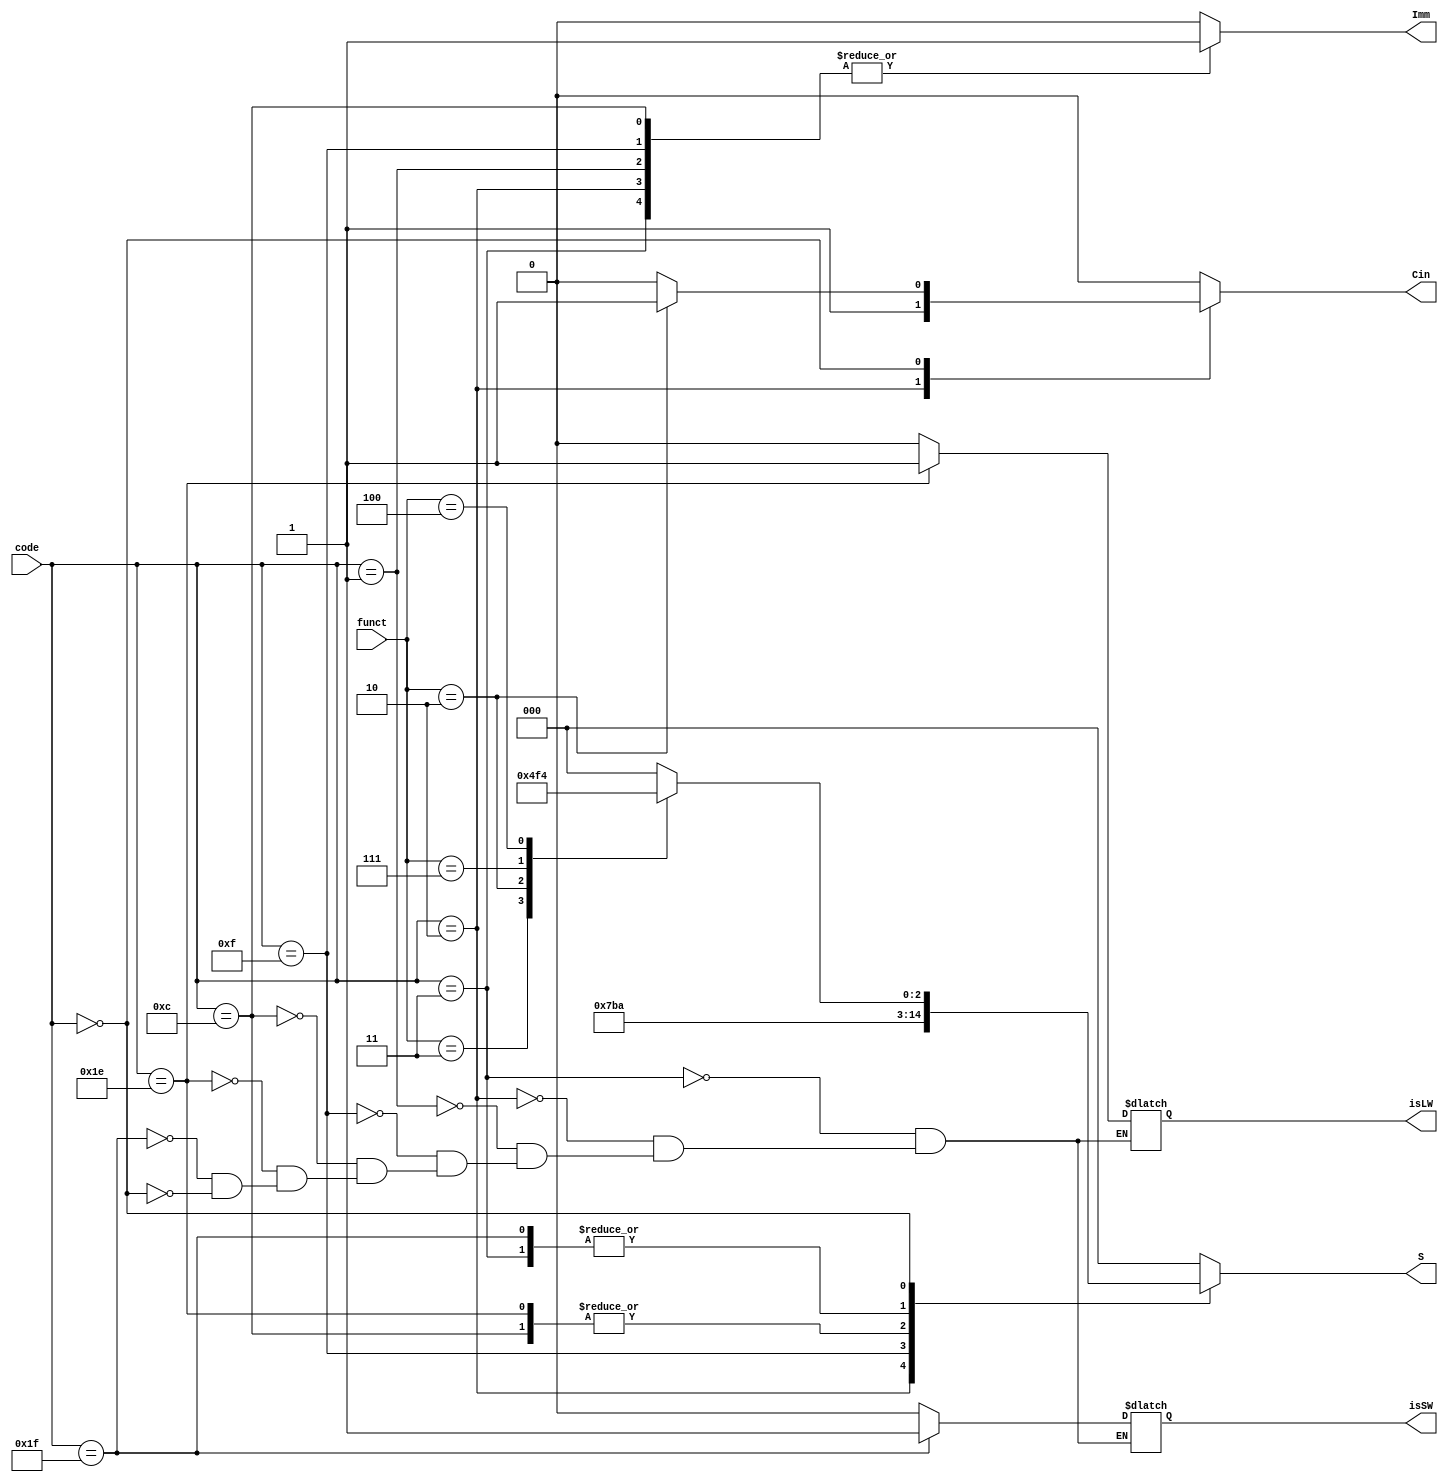
`timescale 1ns / 1ps
//////////////////////////////////////////////////////////////////////////////////
// Company: 
// Engineer: 
// 
// Design Name: 
// Module Name: decodeopcode
// Project Name: 
// Target Devices: 
// Tool Versions: 
// Description: 
// 
// Dependencies: 
// 
// Revision:
// Revision 0.01 - File Created
// Additional Comments:
// 
//////////////////////////////////////////////////////////////////////////////////


module decodeopcode(
    input [5:0] code,
    input [5:0] funct,
    output reg Imm,
    output reg [2:0] S,
    output reg Cin,
    output reg isLW, isSW
    );
    always @(code, funct, S, Imm, Cin) begin
        case(code)
            6'b000011:
            begin
                S = 3'b010;
                Imm = 1'b1;
                Cin = 1'b0;
                isLW = 1'b0;
                isSW = 1'b0;
            end
            6'b000010:
            begin
                S = 3'b011;
                Imm = 1'b1;
                Cin = 1'b1;
                isLW = 1'b0;
                isSW = 1'b0;
            end
            6'b000001:
            begin
                S = 3'b000;
                Imm = 1'b1;
                Cin = 1'b0;
                isLW = 1'b0;
                isSW = 1'b0;
            end
            6'b001111:
            begin
                S = 3'b110;
                Imm = 1'b1;
                Cin = 1'b0;
                isLW = 1'b0;
                isSW = 1'b0;
            end
            6'b001100:
            begin
                S = 3'b111;
                Imm = 1'b1;
                Cin = 1'b0;
                isLW = 1'b0;
                isSW = 1'b0;
            end
            6'b011110:
            begin
                S = 3'b111;
                Imm = 1'b0;
                Cin = 1'b0;
                isLW = 1'b1;
                isSW = 1'b0;
            end
            6'b011111:
            begin
                S = 3'b010;
                Imm = 1'b0;
                Cin = 1'b0;
                isLW = 1'b0;
                isSW = 1'b1;
            end
            6'b00000:
            begin
                isLW = 1'b0;
                isSW = 1'b0;
                case(funct)
                    6'b000011:
                    begin
                        S = 3'b010;
                        Imm = 1'b0;
                        Cin = 1'b0;
                    end
                    6'b000010:
                    begin
                        S = 3'b011;
                        Imm = 1'b0;
                        Cin = 1'b1;
                    end
                    6'b000001:
                    begin
                        S = 3'b000;
                        Imm = 1'b0;
                        Cin = 1'b0;
                    end
                    6'b000111:
                    begin
                        S = 3'b110;
                        Imm = 1'b0;
                        Cin = 1'b0;
                    end
                    6'b000100:
                    begin
                        S = 3'b100;
                        Imm = 1'b0;
                        Cin = 1'b0;
                    end
                    default:
                    begin
                        S = 3'b000;
                        Imm = 1'b0;
                        Cin = 1'b0;
                    end
                 endcase
            end
            default:
                begin
                S = 3'b000;
                Imm = 1'b0;
                Cin = 1'b0;
                end
        endcase    
    end
endmodule